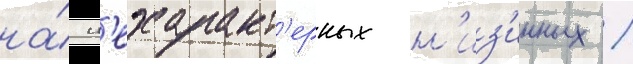
на́ н'ехаракт'ерных н'из'инных /